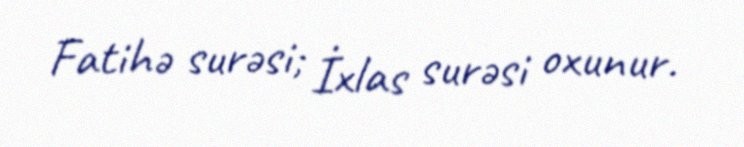
Fatihə surəsi; İxlas surəsi oxunur.